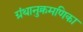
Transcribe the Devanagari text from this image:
ग्रंथानुक्रमणिका